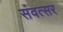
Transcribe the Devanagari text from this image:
संवत्‍सर